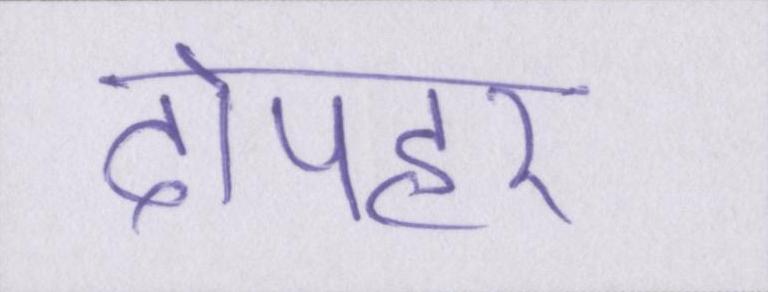
दोपहर